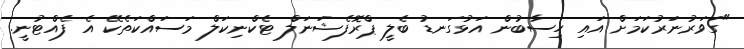
"ގަވަރުނަރުކަމަށް އައި ހިސާބުން އަޅުގަނޑު ބެލީ ޕްރޮފެޝަނަލް ޓެކްނިކަލް މަސައްކަތެކޭ އެ ފެއްޓުނީ.